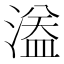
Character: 𱨞